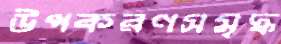
উপকরণসমৃদ্ধ